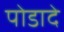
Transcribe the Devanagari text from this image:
पोडादे